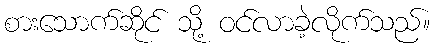
စားသောက်ဆိုင် သို့ ဝင်လာခဲ့လိုက်သည်။